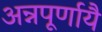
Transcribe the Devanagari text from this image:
अन्नपूर्णायै